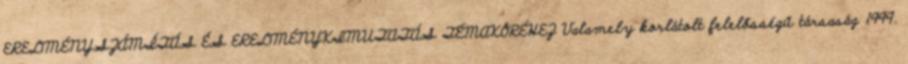
EREDMÉNYSZÁMÍTÁS ÉS EREDMÉNYKIMUTATÁS TÉMAKÖRÉHEZ Valamely korlátolt felelősségű társaság 1999.